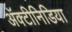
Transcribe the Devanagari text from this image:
अॅक्टीनिडिया